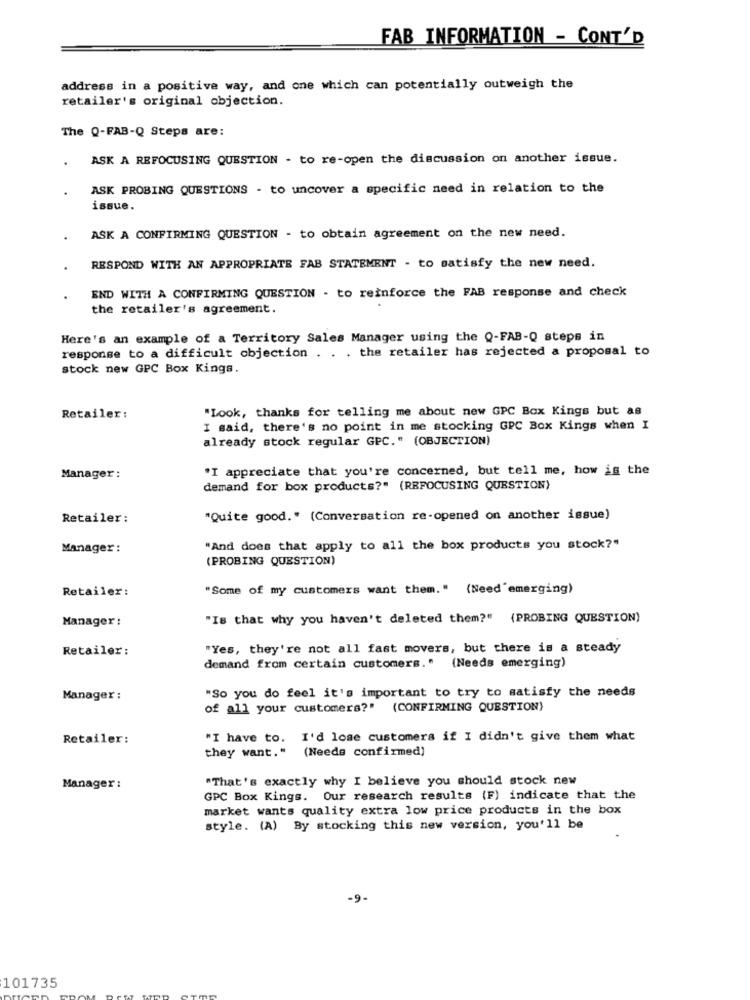
FAB INFORMATION - CONT'D
address in a positive way, and one which can potentially outweigh the
retailer's original objection.
The Q-FAB-Q Steps are:
ASK A REFOCUSING QUESTION - to re-open the discussion on another issue.
ASK PROBING QUESTIONS - to uncover a specific need in relation to the
issue.
ASK A CONFIRMING QUESTION - to obtain agreement on the new need.
RESPOND WITH AN APPROPRIATE FAB STATEMENT - to satisfy the new need.
END WITH A CONFIRMING QUESTION - to reinforce the FAB response and check
the retailer's agreement.
Here's an example of a Territory Sales Manager using the Q-FAB-Q steps in
response to a difficult objection . . . the retailer has rejected a proposal to
stock new GPC Box Kings.
"Look, thanks for telling me about new GPC Box Kings but as
Retailer :
I said, there's no point in me stocking GPC Box Kings when I
already stock regular GPC." (OBJECTION)
"I appreciate that you're concerned, but tell me, how is the
Manager :
demand for box products?" (REFOCUSING QUESTION)
Retailer:
"Quite good." (Conversation re-opened on another issue)
Manager :
"And does that apply to all the box products you stock?"
(PROBING QUESTION)
Retailer:
"Some of my customers want them." (Need'emerging)
Manager :
"Is that why you haven't deleted them?" (PROBING QUESTION)
Retailer :
"Yes, they're not all fast movers, but there is a steady
demand from certain customers."
(Needs emerging)
"So you do feel it's important to try to satisfy the needs
Manager :
of all your customers?" (CONFIRMING QUESTION)
Retailer:
"I have to. I'd lose customers if I didn't give them what
they want." (Needs confirmed)
"That's exactly why I believe you should stock new
Manager :
GPC Box Kings. Our research results (F) indicate that the
market wants quality extra low price products in the box
style. (A) By stocking this new version, you'll be
-9-
101735